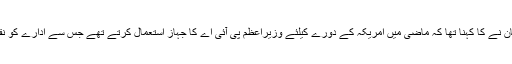
غلام سرور خان نے کا کہنا تھا کہ ماضی میں امریکہ کے دورے کیلئے وزیراعظم پی آئی اے کا جہاز استعمال کرتے تھے جس سے ادارے کو نقصان ہوتا تھا۔